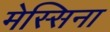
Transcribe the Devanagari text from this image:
मेस्सिना